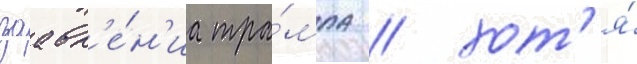
заавл'е́н'иа тра́мпа / хот'я́